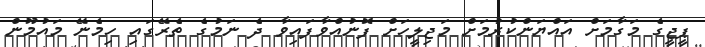
ޕީޖީގެ މަގާމަށް އައްޔަންކުރުމަށް މަޖިލީހަށް ފޮނުއްވާފައިވާ ދެ ނަމުގެ ތެރޭގައި ހިމެނޭ މައުމޫން